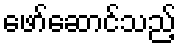
ဖော်ဆောင်သည့်